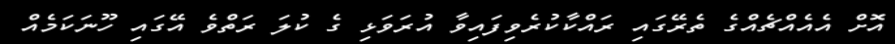
އޮށް އެއެއްޗެއްގެ ތެރޭގައި ރައްކާކުރެވިފައިވާ އުރަވަޅި ގެ ކުލަ ރަތްވެ އޭގައި ހޫނަކަމެއް